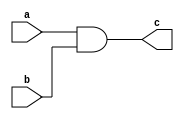
module or2 (
    a,b,c
);
    input a,b;
    output c;

    assign c= a&b;

endmodule